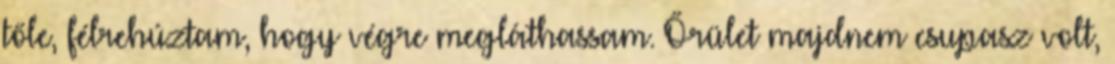
tőle, félrehúztam, hogy végre megláthassam. Őrület majdnem csupasz volt,